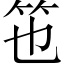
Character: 竾